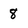
Character: 8